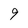
Character: 9